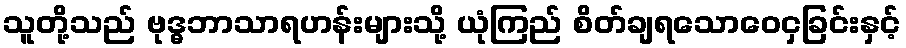
သူတို့သည် ဗုဒ္ဓဘာသာရဟန်းများသို့ ယုံကြည် စိတ်ချရသောဝေငှခြင်းနှင့်